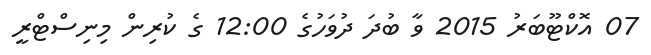
07 އޮކްޓޫބަރު 2015 ވާ ބުދަ ދުވަހުގެ 12:00 ގެ ކުރިން މިނިސްޓްރީ